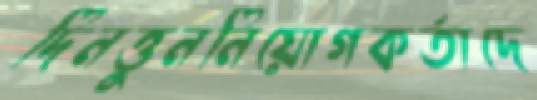
দিনত্তুননিয়োগকর্তাদে